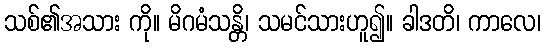
သစ်၏အသား ကို။ မိဂမံသန္တိ၊ သမင်သားဟူ၍။ ခါဒတိ၊ ကာလေ၊